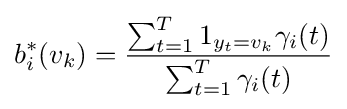
b_{i}^{*}(v_{k})={\frac {\sum _{t=1}^{T}1_{y_{t}=v_{k}}\gamma _{i}(t)}{\sum _{t=1}^{T}\gamma _{i}(t)}}